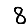
Digit: 8